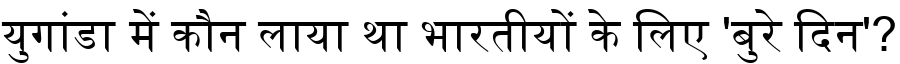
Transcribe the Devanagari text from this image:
युगांडा में कौन लाया था भारतीयों के लिए 'बुरे दिन'?